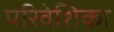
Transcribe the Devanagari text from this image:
परिवेशिका